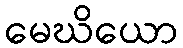
မေဃိယော